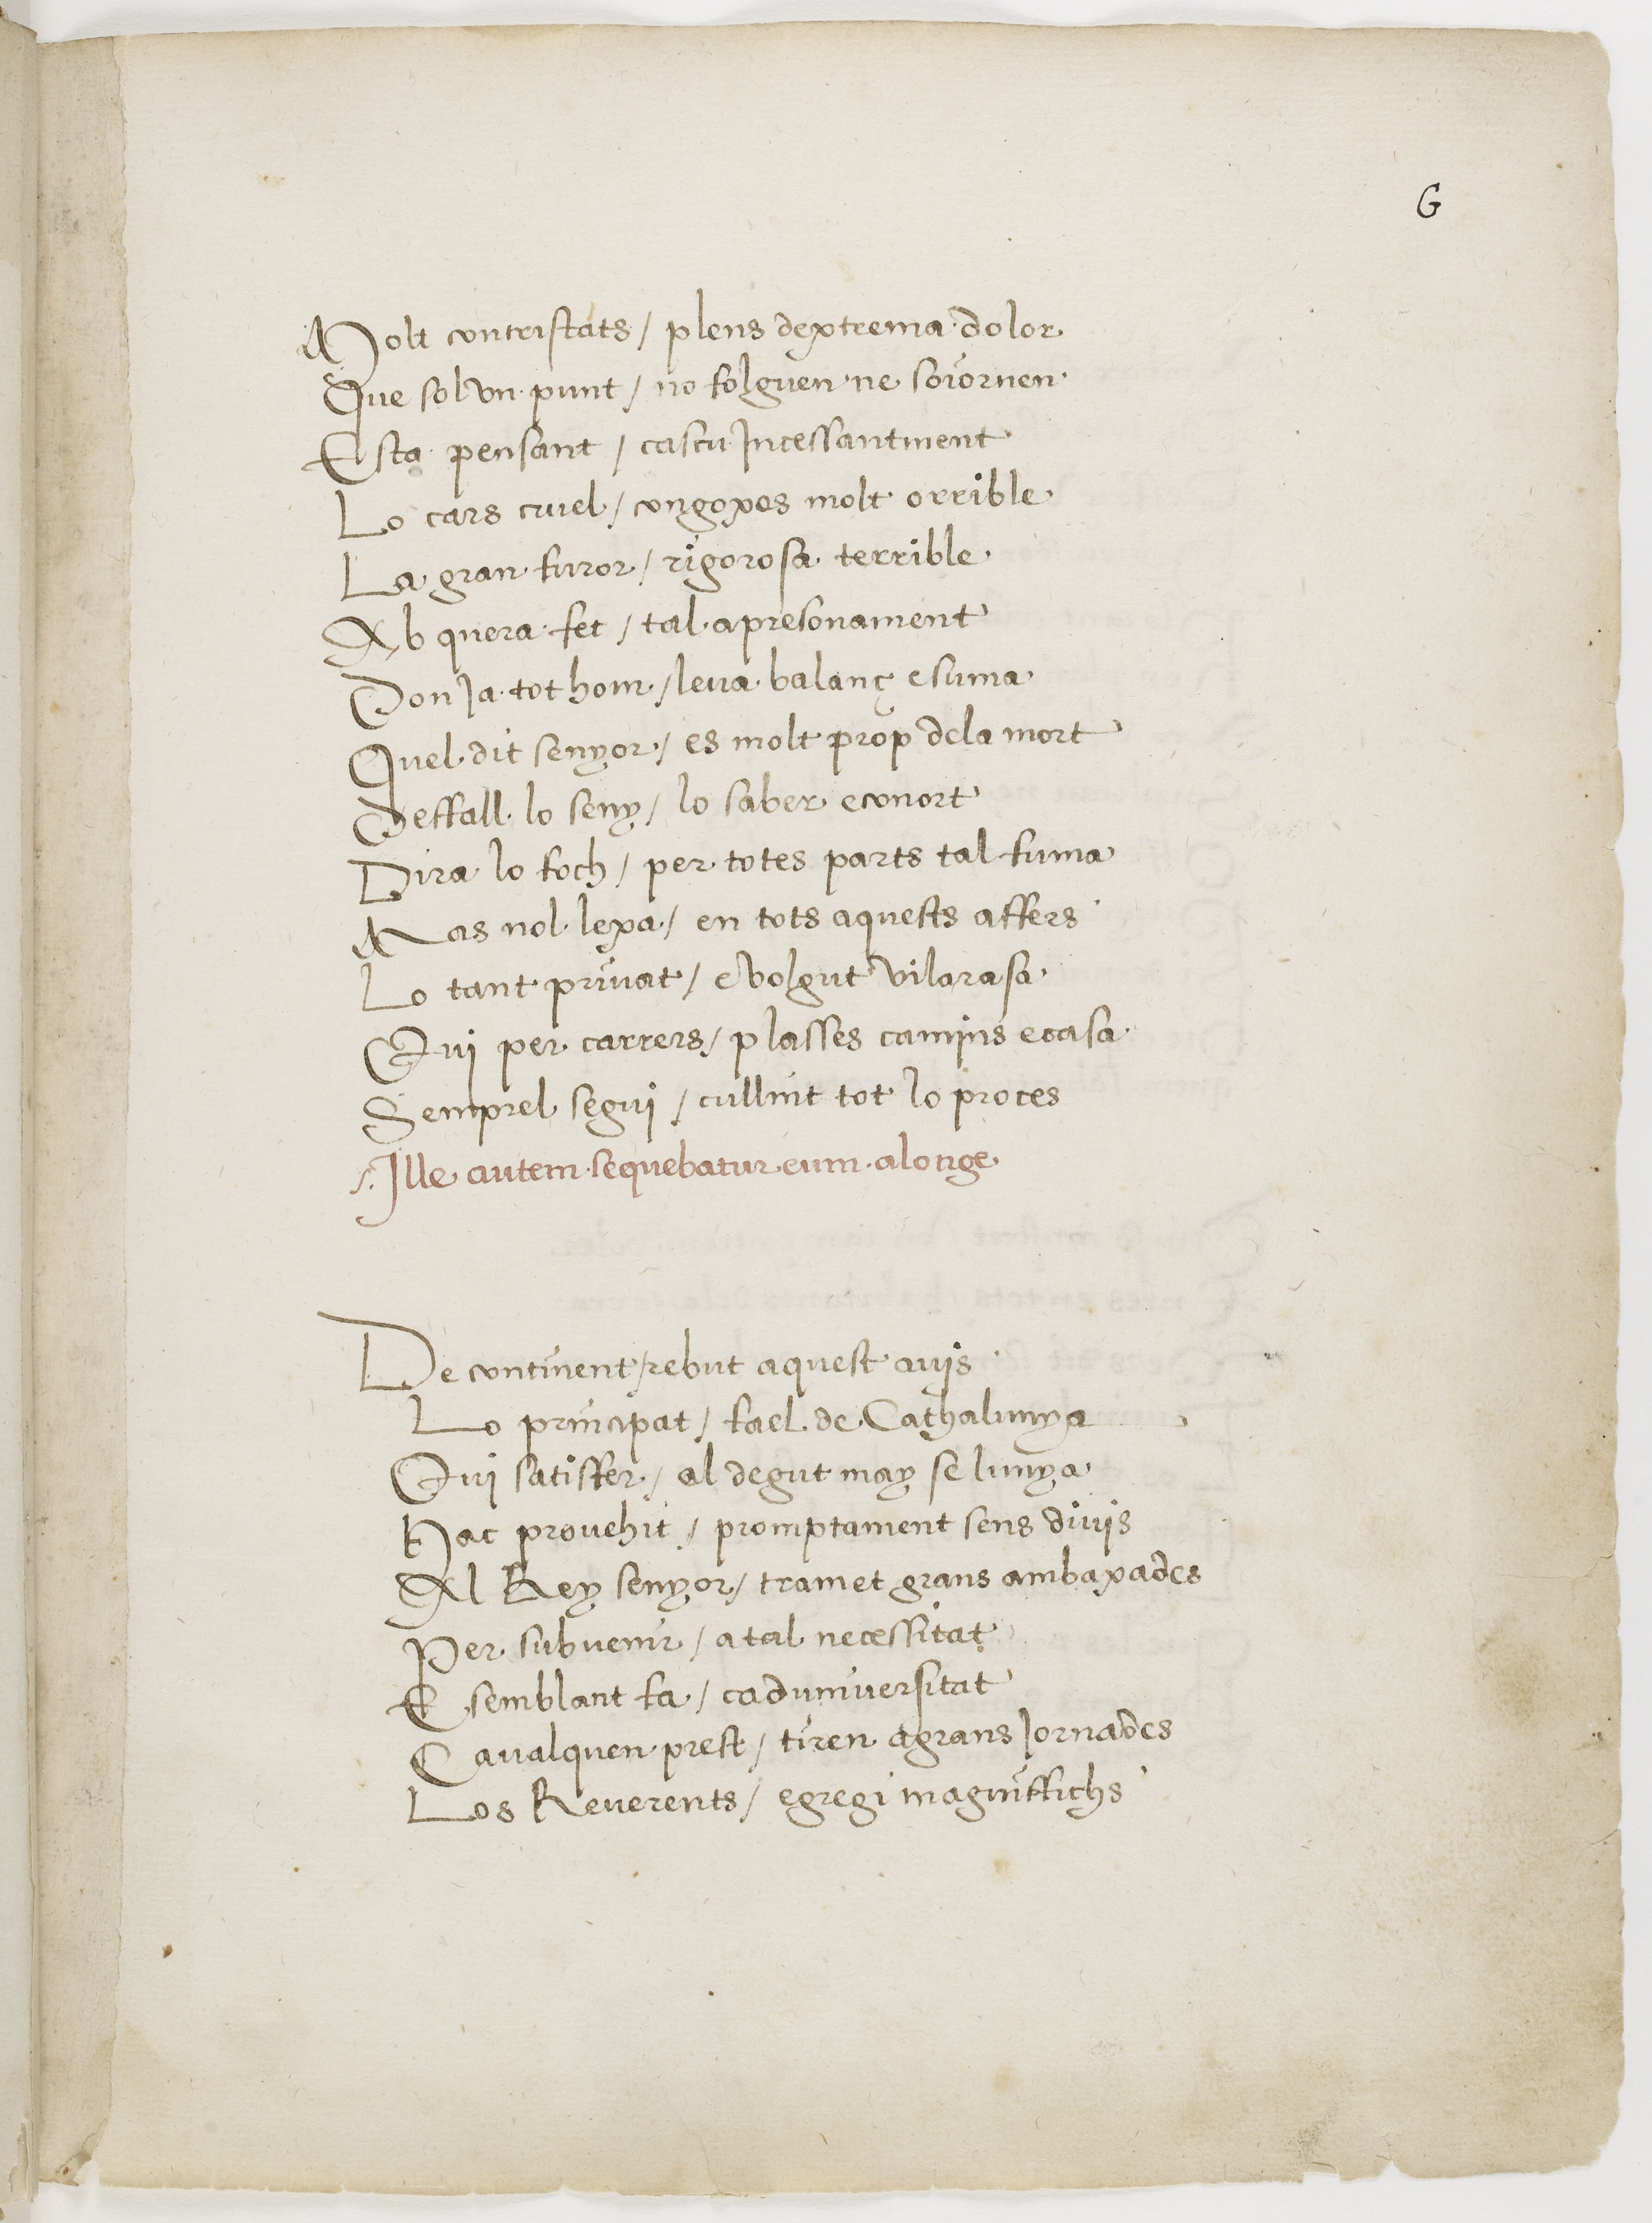
Shelfmark: Paris, BnF, esp. 225
Century: 16